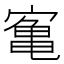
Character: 𫝰